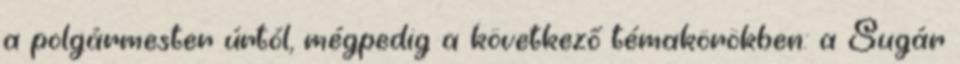
a polgármester úrtól, mégpedig a következő témakörökben: a Sugár